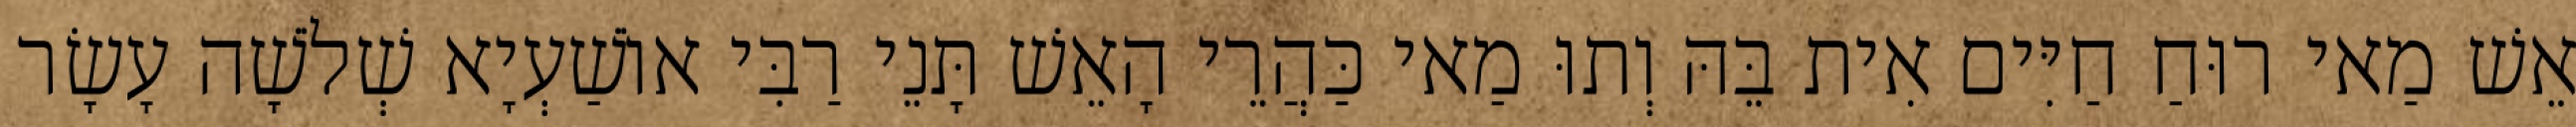
אֵשׁ מַאי רוּחַ חַיִּים אִית בֵּהּ וְתוּ מַאי כַּהֲרֵי הָאֵשׁ תָּנֵי רַבִּי אוֹשַׁעְיָא שְׁלֹשָׁה עָשָׂר